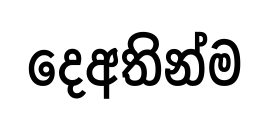
දෙඅතින්ම